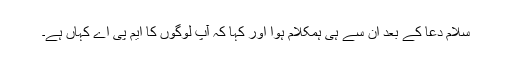
سلام دعا کے بعد ان سے ہی ہمکلام ہوا اور کہا کہ آپ لوگوں کا ایم پی اے کہاں ہے۔